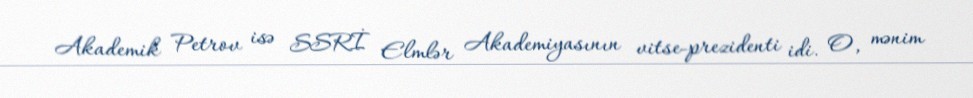
Akademik Petrov isə SSRİ Elmlər Akademiyasının vitse-prezidenti idi. O, mənim